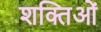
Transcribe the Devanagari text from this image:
शक्तिओं